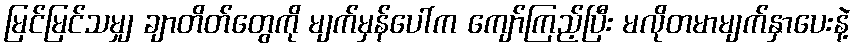
မြင်မြင်သမျှ ချာတိတ်တွေကို မျက်မှန်ပေါ်က ကျော်ကြည့်ပြီး မလိုတမာမျက်နှာပေးနဲ့